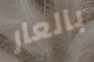
بالعار